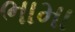
ભામા